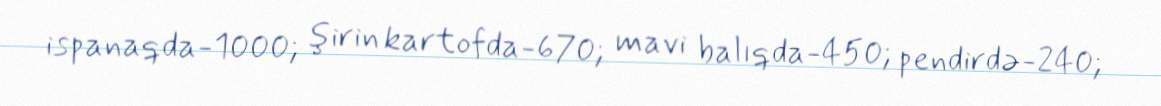
ispanaqda-1000; şirin kartofda-670; mavi balıqda-450; pendirdə-240;